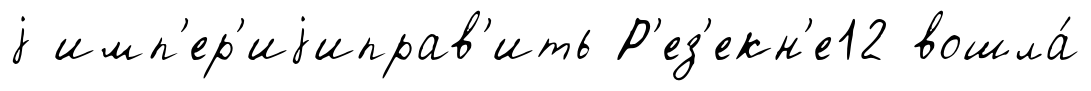
j имп'ер'иjиправ'ить Р'ез'екн'е12 вошла́